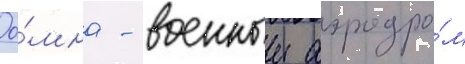
До́мна - военныи аэродро́м